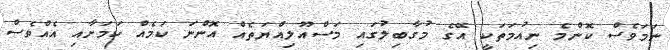
ނަމަވެސް ކޮންމެ ނިއުމަތަކީ އޭގެ މުގާބިލުގައި މަސްއޫލިއްޔަތެއް އޮންނަ ކަމެއް ކަމަށާއި އެއްވެސް